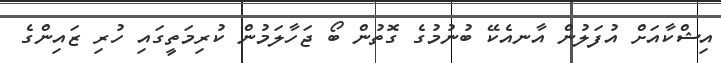
އިޝްކާއަށް އުފަލުން އާނއެކޭ ބުނުމުގެ ގޮތުން ބޯ ޖަހާލަމުން ކުރިމަތީގައި ހުރި ޒައިންގެ